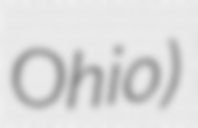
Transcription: Ohio)